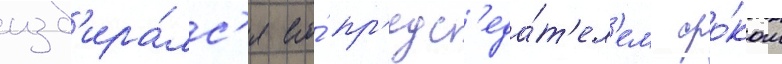
изб'ира́лс'я его́ пр'едс'еда́т'ел'ем сро́ком